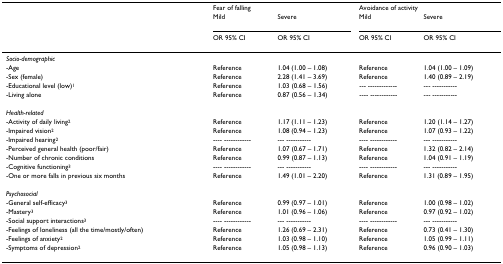
|  | <COLSPAN=2> Fear of falling | <COLSPAN=2> Avoidance of activity |
 |  | Mild | Severe | Mild | Severe |
 |  | OR 95% CI | OR 95% CI | OR 95% CI | OR 95% CI |
 | --- | --- | --- | --- | --- |
 | <COLSPAN=5> Socio-demographic |
 | -Age | Reference | 1.04 (1.00 – 1.08) | Reference | 1.04 (1.00 – 1.09) |
 | -Sex (female) | Reference | 2.28 (1.41 – 3.69) | Reference | 1.40 (0.89 – 2.19) |
 | -Educational level (low)1 | Reference | 1.03 (0.68 – 1.56) | --- ------------- | --- ----------- |
 | -Living alone | Reference | 0.87 (0.56 – 1.34) | ---- ------------ | --- ----------- |
 | <COLSPAN=5> Health-related |
 | -Activity of daily living2 | Reference | 1.17 (1.11 – 1.23) | Reference | 1.20 (1.14 – 1.27) |
 | -Impaired vision2 | Reference | 1.08 (0.94 – 1.23) | Reference | 1.07 (0.93 – 1.22) |
 | -Impaired hearing2 | ---- ------------ | --- ----------- | ---- ------------ | --- ----------- |
 | -Perceived general health (poor/fair) | Reference | 1.07 (0.67 – 1.71) | Reference | 1.32 (0.82 – 2.14) |
 | -Number of chronic conditions | Reference | 0.99 (0.87 – 1.13) | Reference | 1.04 (0.91 – 1.19) |
 | -Cognitive functioning3 | ---- ------------ | --- ----------- | ---- ------------ | --- ----------- |
 | -One or more falls in previous six months | Reference | 1.49 (1.01 – 2.20) | Reference | 1.31 (0.89 – 1.95) |
 | <COLSPAN=5> Psychosocial |
 | -General self-efficacy3 | Reference | 0.99 (0.97 – 1.01) | Reference | 1.00 (0.98 – 1.02) |
 | -Mastery3 | Reference | 1.01 (0.96 – 1.06) | Reference | 0.97 (0.92 – 1.02) |
 | -Social support interactions3 | ---- ------------ | --- ----------- | ---- ------------ | --- ----------- |
 | -Feelings of loneliness (all the time/mostly/often) | Reference | 1.26 (0.69 – 2.31) | Reference | 0.73 (0.41 – 1.30) |
 | -Feelings of anxiety2 | Reference | 1.03 (0.98 – 1.10) | Reference | 1.05 (0.99 – 1.11) |
 | -Symptoms of depression2 | Reference | 1.05 (0.98 – 1.13) | Reference | 0.96 (0.90 – 1.03) |